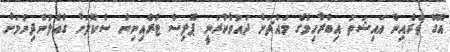
އޭގެ ތެރެއިން އައިޝަތު އިބްރާހިމްގެ މައްޗަށް ދައުވާކުރަނީ ޕޮލިސް ޓްރެއިނިން ސްކޫލަށް ގެއްލުންދިނުމަށް